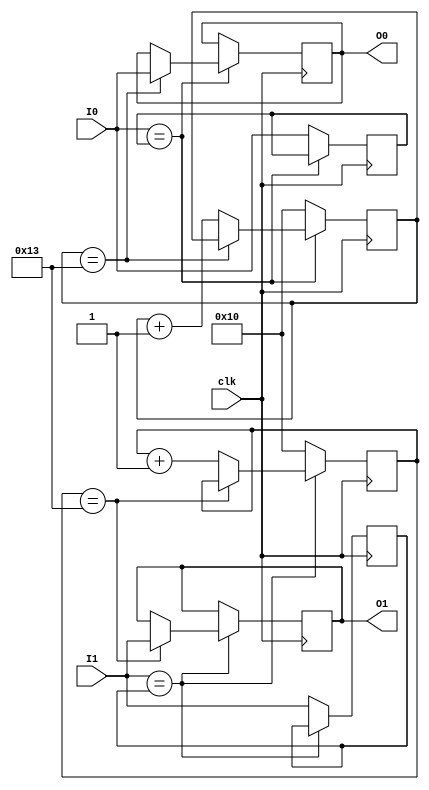
`timescale 1ns / 1ps


module debouncer(
    input clk,
    input I0,
    input I1,
    output reg O0,
    output reg O1
    );
    
    reg [4:0]cnt0, cnt1;
    reg Iv0=0,Iv1=0;
    reg out0, out1;
    
always@(posedge(clk))begin
    if (I0==Iv0)begin
        if (cnt0==19)O0<=I0;
        else cnt0<=cnt0+1;
      end
    else begin
        cnt0<="00000";
        Iv0<=I0;
    end
    if (I1==Iv1)begin
            if (cnt1==19)O1<=I1;
            else cnt1<=cnt1+1;
          end
        else begin
            cnt1<="00000";
            Iv1<=I1;
        end
    end
    
endmodule